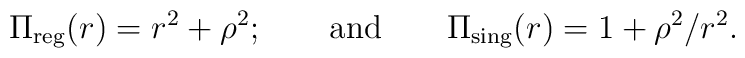
\Pi _{{\rm reg}}(r)=r^2+\rho ^2;\qquad {\rm and}\qquad\Pi _{{\rm sing}}(r)=1+\rho ^2/r^2.